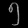
Digit: ၅